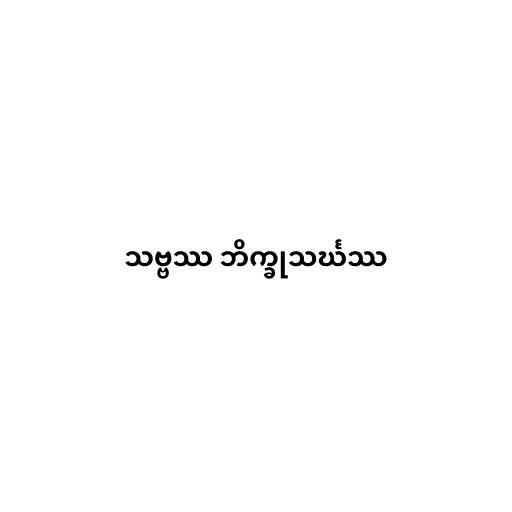
သဗ္ဗဿ ဘိက္ခုသင်္ဃဿ